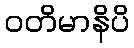
ဝတိမာနိပိ